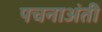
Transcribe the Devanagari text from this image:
पचनाअंती